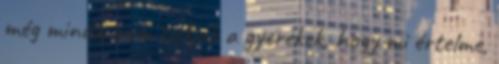
még mindig nem tudják a gyerekek, hogy mi értelme,